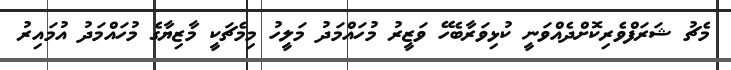
މެޗު ޝަރަފްވެރިކޮށްދެއްވަނީ ކުޅިވަރާބެހޭ ވަޒީރު މުހައްމަދު މަލީހު މިމެޗަކީ މާޒިޔާގެ މުހައްމަދު އުމައިރު